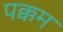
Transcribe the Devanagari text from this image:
पक्कम